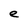
Character: e